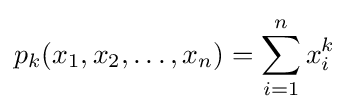
p_{k}(x_{1},x_{2},\dots ,x_{n})=\sum _{i=1}^{n}x_{i}^{k}